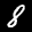
Label: 8